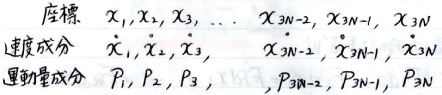
\begin{align*}
&坐标\quad x_1,x_2,x_3,\cdots,x_{3N - 2},x_{3N - 1},x_{3N}\\
&速度成分\quad \dot{x}_1,\dot{x}_2,\dot{x}_3,\quad \dot{x}_{3N - 2},\dot{x}_{3N - 1},\dot{x}_{3N}\\
&动量成分\quad p_1,p_2,p_3,\quad p_{3N - 2},p_{3N - 1},p_{3N}
\end{align*}